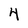
Character: 4